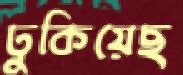
ঢুকিয়েছ